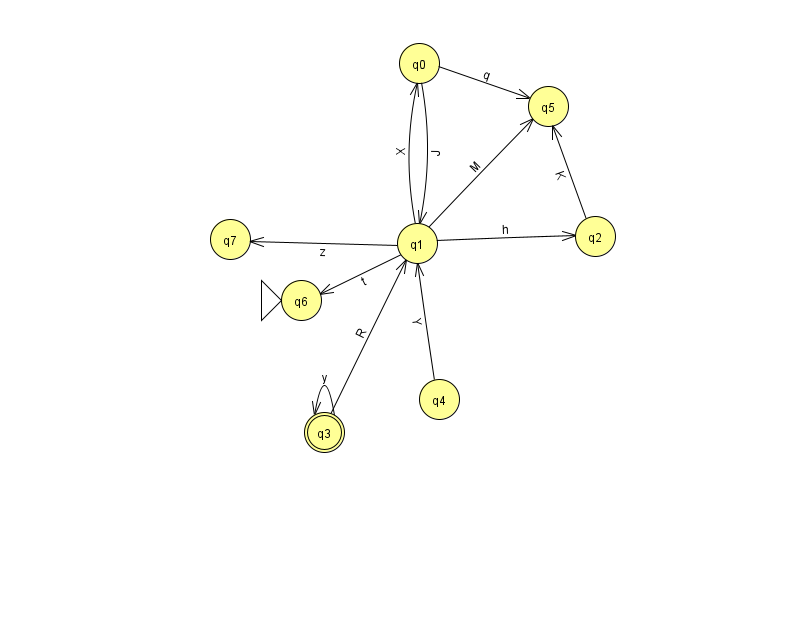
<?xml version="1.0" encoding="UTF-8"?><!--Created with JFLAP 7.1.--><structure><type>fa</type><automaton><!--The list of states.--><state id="0" name="q0"><x>419.0</x><y>50.0</y></state><state id="1" name="q1"><x>417.0</x><y>230.0</y></state><state id="2" name="q2"><x>595.0</x><y>223.0</y></state><state id="3" name="q3"><x>324.0</x><y>419.0</y><final/></state><state id="4" name="q4"><x>439.0</x><y>386.0</y></state><state id="5" name="q5"><x>548.0</x><y>93.0</y></state><state id="6" name="q6"><x>301.0</x><y>287.0</y><initial/></state><state id="7" name="q7"><x>230.0</x><y>226.0</y></state><!--The list of transitions.--><transition><from>1</from><to>5</to><read>M</read></transition><transition><from>1</from><to>7</to><read>z</read></transition><transition><from>3</from><to>1</to><read>R</read></transition><transition><from>0</from><to>5</to><read>q</read></transition><transition><from>0</from><to>1</to><read>J</read></transition><transition><from>1</from><to>0</to><read>X</read></transition><transition><from>2</from><to>5</to><read>K</read></transition><transition><from>1</from><to>2</to><read>h</read></transition><transition><from>1</from><to>6</to><read>t</read></transition><transition><from>3</from><to>3</to><read>y</read></transition><transition><from>4</from><to>1</to><read>Y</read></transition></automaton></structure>